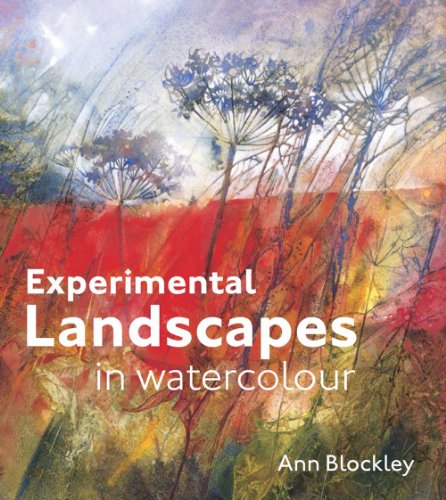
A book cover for Experimental Landscapes in Watercolour; Ann Blockley; Arts & Photography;